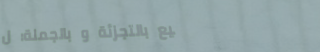
بيع بالتجزئة و بالجملة: ل